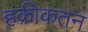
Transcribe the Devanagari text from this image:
हक़ीकतन